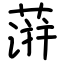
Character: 蓱